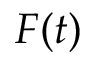
F ( t )